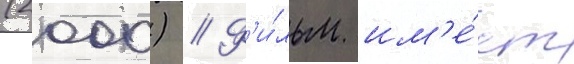
(2000) // Ф'и́льм им'е́ет